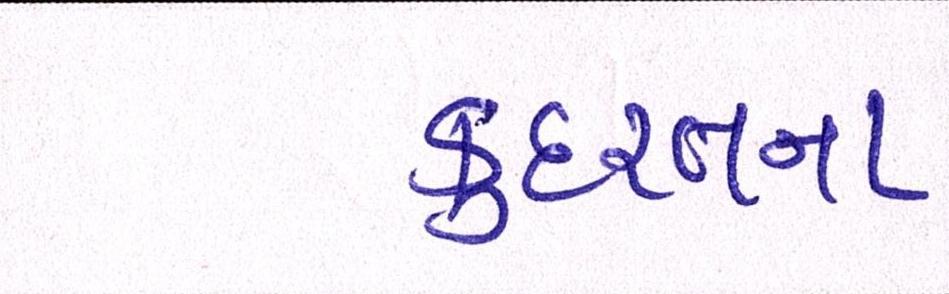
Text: કુદરતના